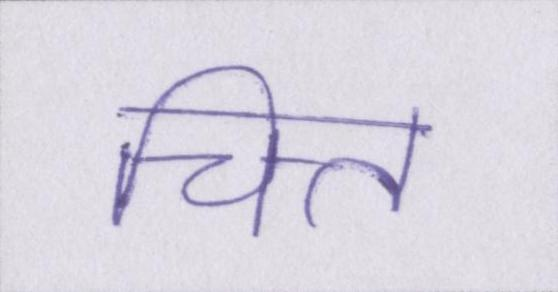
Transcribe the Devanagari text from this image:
चित्त